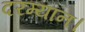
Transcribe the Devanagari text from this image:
दरम्यान।